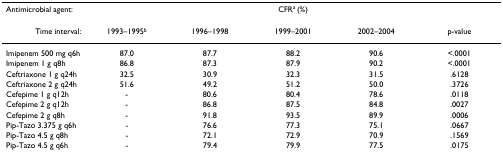
<table><thead><tr><td><b>Antimicrobial agent:</b></td><td colspan="5"><b>CFR<sup>a </sup>(%)</b></td></tr><tr><td><b>Time interval:</b></td><td><b>1993–1995<sup>b</sup></b></td><td><b>1996–1998</b></td><td><b>1999–2001</b></td><td><b>2002–2004</b></td><td><b>p-value</b></td></tr></thead><tbody><tr><td>Imipenem 500 mg q6h</td><td>87.0</td><td>87.7</td><td>88.2</td><td>90.6</td><td>&lt;.0001</td></tr><tr><td>Imipenem 1 g q8h</td><td>86.8</td><td>87.3</td><td>87.9</td><td>90.2</td><td>&lt;.0001</td></tr><tr><td>Ceftriaxone 1 g q24h</td><td>32.5</td><td>30.9</td><td>32.3</td><td>31.5</td><td>.6128</td></tr><tr><td>Ceftriaxone 2 g q24h</td><td>51.6</td><td>49.2</td><td>51.2</td><td>50.0</td><td>.3726</td></tr><tr><td>Cefepime 1 g q12h</td><td>-</td><td>80.6</td><td>80.4</td><td>78.6</td><td>.0118</td></tr><tr><td>Cefepime 2 g q12h</td><td>-</td><td>86.8</td><td>87.5</td><td>84.8</td><td>.0027</td></tr><tr><td>Cefepime 2 g q8h</td><td>-</td><td>91.8</td><td>93.5</td><td>89.9</td><td>.0006</td></tr><tr><td>Pip-Tazo 3.375 g q6h</td><td>-</td><td>76.6</td><td>77.3</td><td>75.1</td><td>.0667</td></tr><tr><td>Pip-Tazo 4.5 g q8h</td><td>-</td><td>72.1</td><td>72.9</td><td>70.9</td><td>.1569</td></tr><tr><td>Pip-Tazo 4.5 g q6h</td><td>-</td><td>79.4</td><td>79.9</td><td>77.5</td><td>.0175</td></tr></tbody></table>